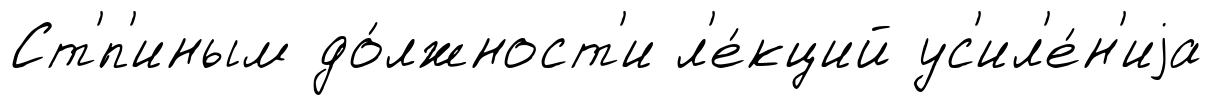
Ст'́п'иным до́лжност'и л'е́кций ус'ил'е́н'иjа